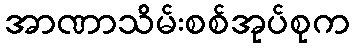
အာဏာသိမ်းစစ်အုပ်စုက